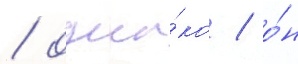
/ одна́ко / о́н